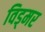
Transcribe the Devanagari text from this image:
विड्मर